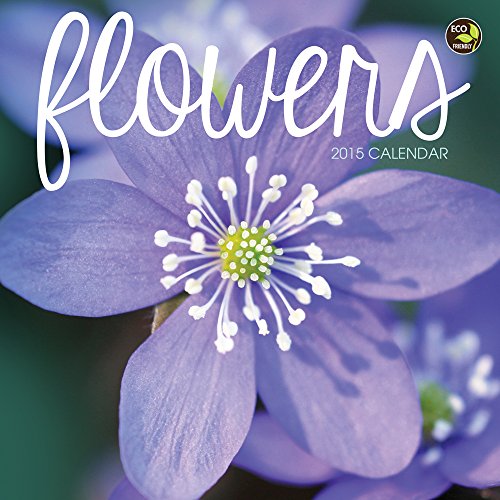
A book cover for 2015 Flowers Mini Calendar; TF PUBLISHING; Calendars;